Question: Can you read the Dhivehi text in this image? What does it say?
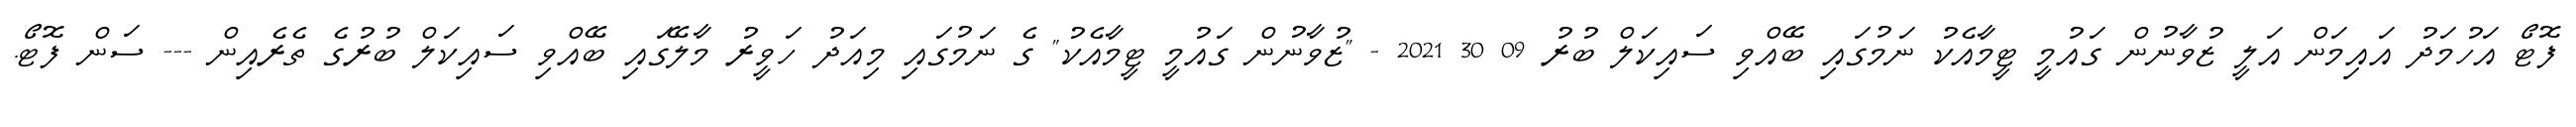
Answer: ފޮޓޯ އަހުމަދު އައިމަން އަލީ ޒުވާނުން ގައުމީ ޓީމާއެކު ނަމުގައި ބޭއްވި ސައިކަލް ބުރު 09 30 2021 - "ޒުވާނުން ގައުމީ ޓީމާއެކު" ގެ ނަމުގައި މިއަދު ހަވީރު މާލޭގައި ބޭއްވި ސައިކަލް ބުރުގެ ތެރެއިން --- ސަން ފޮޓޯ.